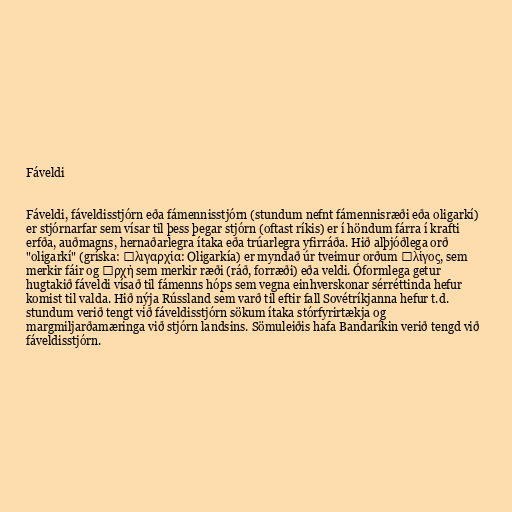
Fáveldi

Fáveldi, fáveldisstjórn eða fámennisstjórn (stundum nefnt fámennisræði eða oligarkí)
er stjórnarfar sem vísar til þess þegar stjórn (oftast ríkis) er í höndum fárra í krafti
erfða, auðmagns, hernaðarlegra ítaka eða trúarlegra yfirráða. Hið alþjóðlega orð
"oligarkí" (gríska: Ὀλιγαρχία: Oligarkía) er myndað úr tveimur orðum ὀλίγος, sem
merkir fáir og ἀρχή sem merkir ræði (ráð, forræði) eða veldi. Óformlega getur
hugtakið fáveldi vísað til fámenns hóps sem vegna einhverskonar sérréttinda hefur
komist til valda. Hið nýja Rússland sem varð til eftir fall Sovétríkjanna hefur t.d.
stundum verið tengt við fáveldisstjórn sökum ítaka stórfyrirtækja og
margmiljarðamæringa við stjórn landsins. Sömuleiðis hafa Bandaríkin verið tengd við
fáveldisstjórn.